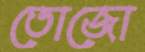
তোজো